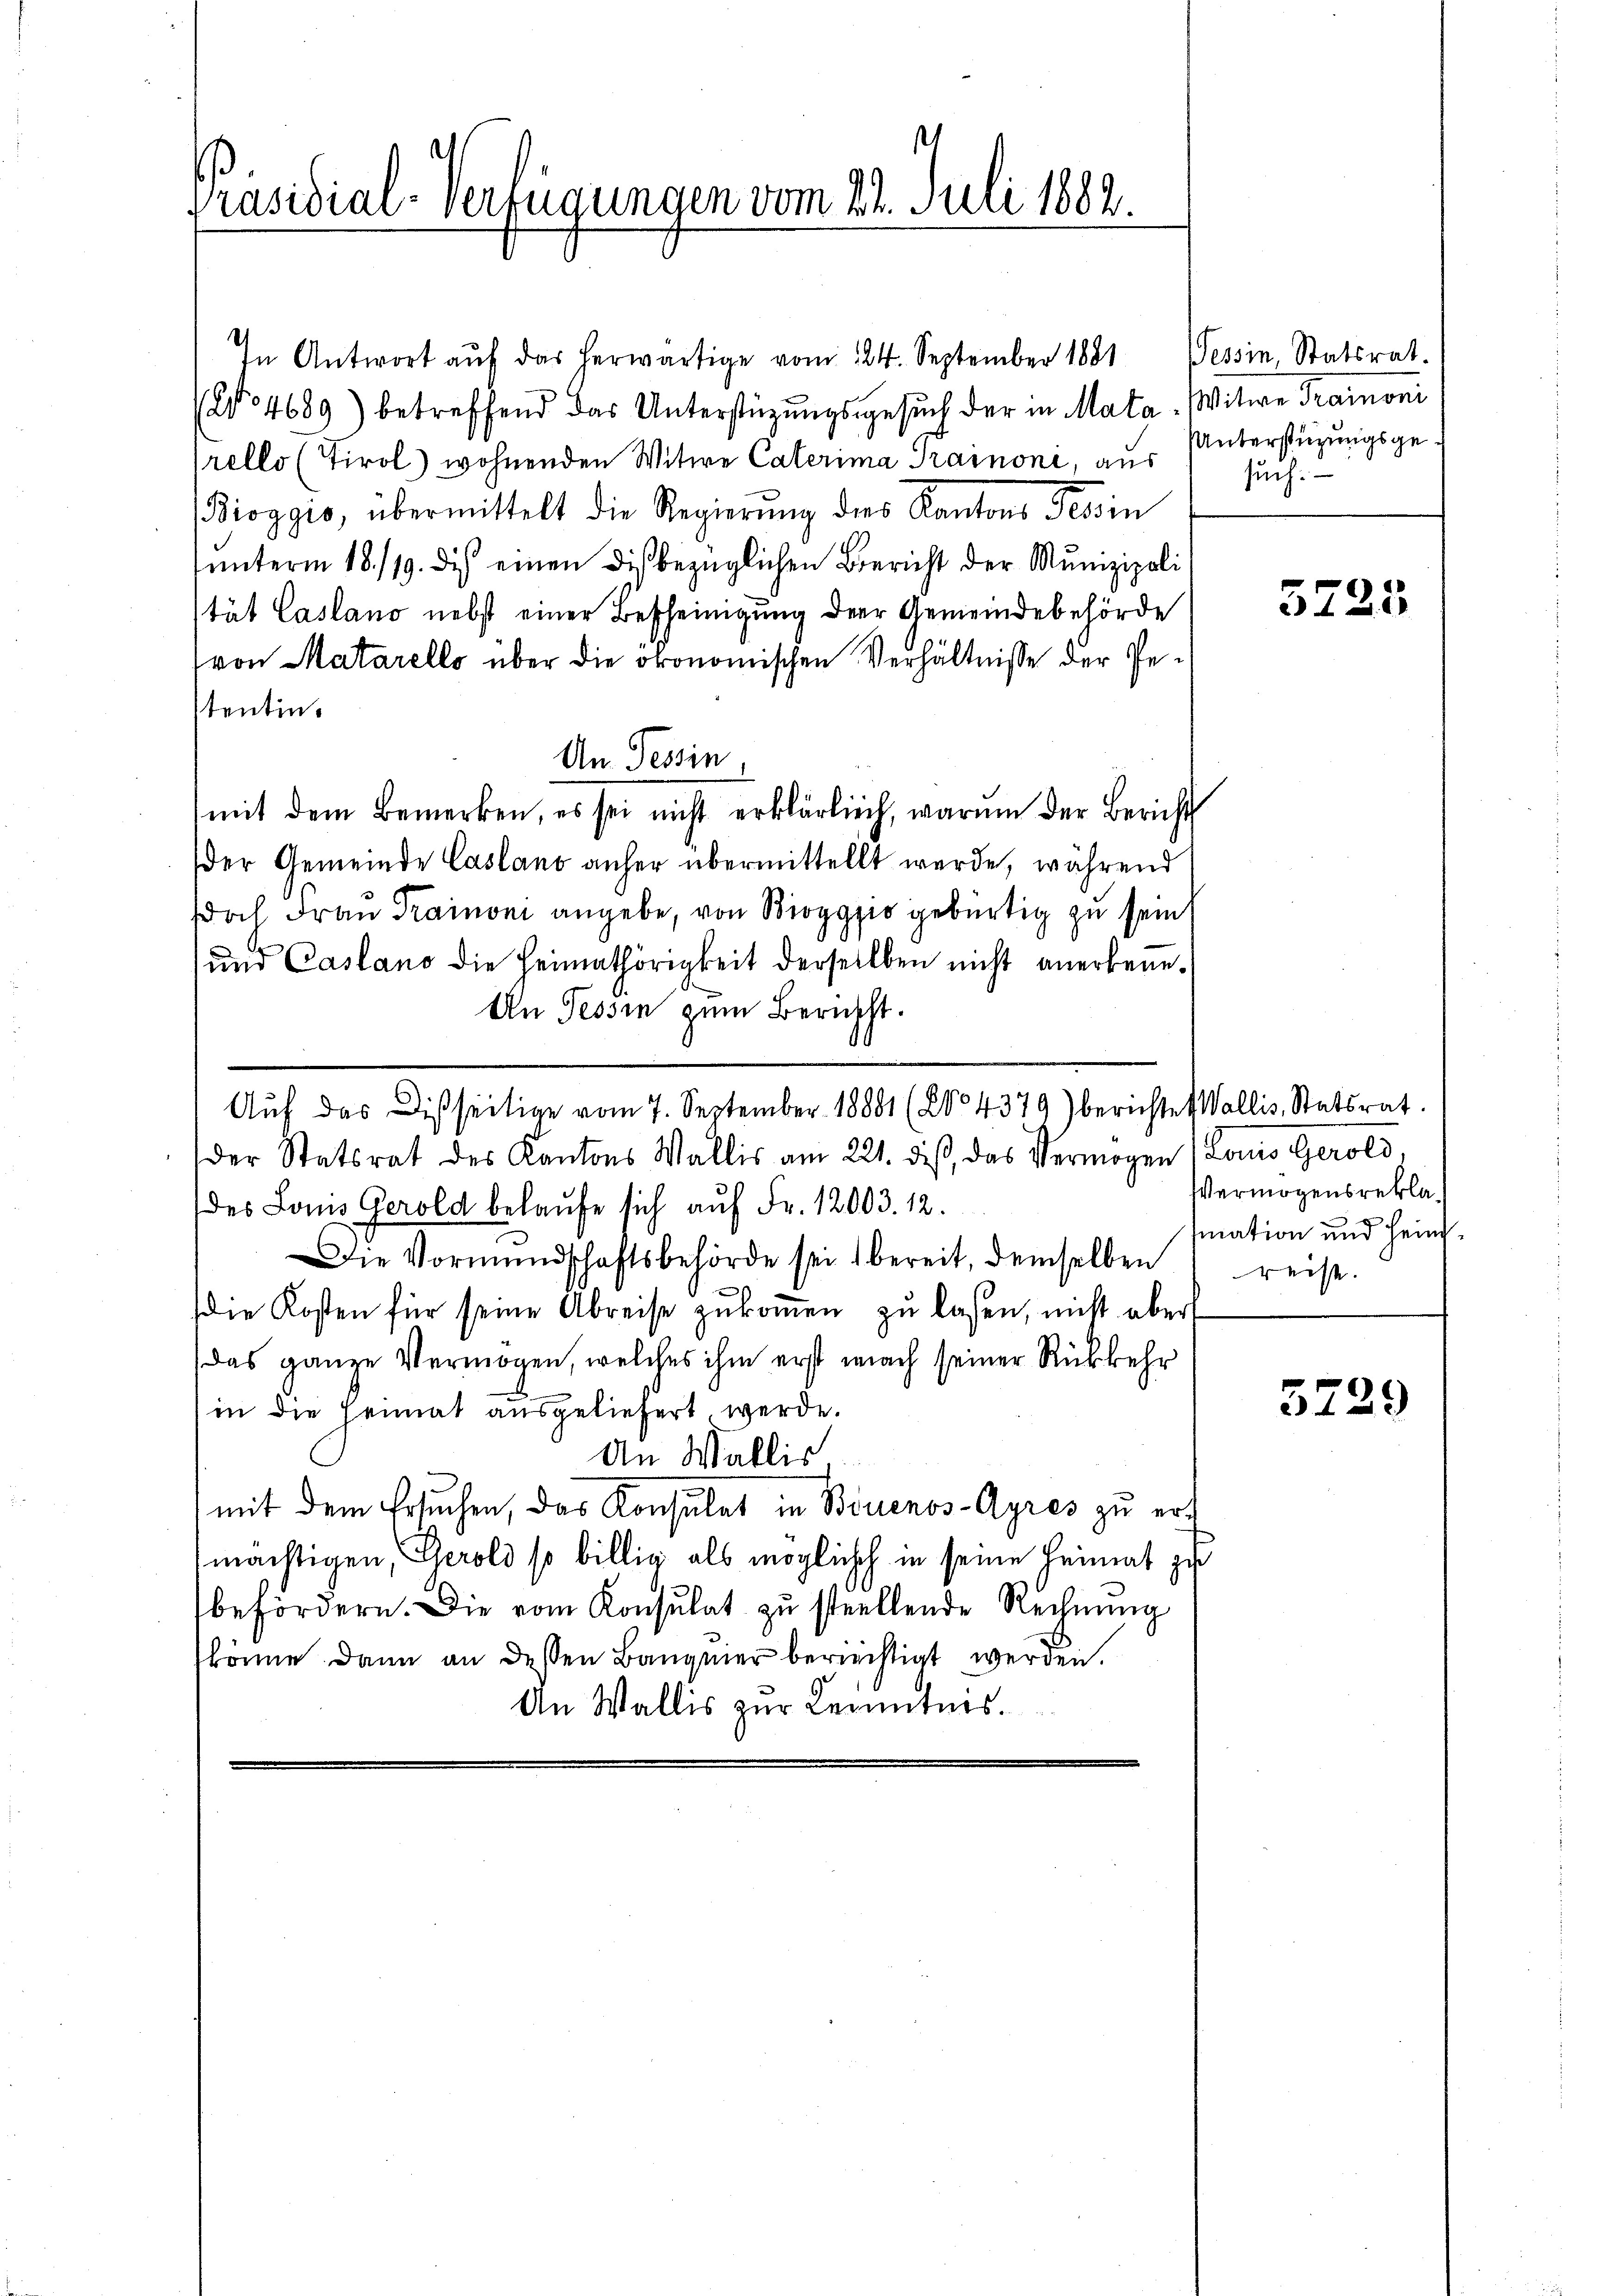
Präsidial-Verfügungen vom 24. Juli 1882.

In Antwort auf das herwärtige vom 24. September 1881
(No 4689) betreffend das Unterstüzungsgesuch der in Mata, Witwe Trainoni
rello (Tirol) wohnenden Witwe Caterima Trainoni, aus Unterstüzungsge¬
Bioggio, übermittelt die Regierung des Kantons Tessin
ŭnterm 18./19. des einen dis bezüglichen Bericht der Munizipoli
tät Casano nebst einer Bescheinigung der Gemeindebehörde
(von Matarello über die ökonomischen Verhältnisse der Pestentin.
An Tessin,
mit dem Bemerken, es sei nicht erklärlich, warum der Bericht
der Gemeinde Casano anher übermittellt werde, während
doch Frau Trainoni angebe, von Boggio gebürtig zu sein
und Casano die Heimathörigkeit derselben nicht anerbene¬
An Tessin zum Bericht.
Aŭf das Disseitige vom 7. September 18881 (20° 4379) berichtes Wallis, Statsrat.
der Statsrat des Kantons Wallis am 221. diβ, das Vermögen Louis Gerold
des Louis Gerold belaŭfe sich aŭf Fr. 12003. 12.
Die Vormundschaftsbehörde sei bereit, demselben reise.
die Kosten für seine Abreise zŭkoṁen zŭ lasen, nicht aber
das ganze Vermögen, welches ihm erst nach seiner Rückkehr
in die Heimat ausgeliefert, werde.
An Wallis
mit dem Ersuchen, das Konsulat in Buenos-Ayres zu ermächtigen, Gerold so billig als mögliche in seine Heimat zu
befördern. Die vom Konsulat zŭ stellende Rechnŭng
könne dann an dessen Bangmer berechtigt werden.
An Wallis zur Kenntnis.

Tessin, Statsrat.
such.

5725

Vermögensreklasiation und Heim¬

5729